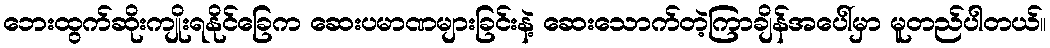
ဘေးထွက်ဆိုးကျိုးရနိုင်ခြေက ဆေးပမာဏများခြင်းနဲ့ ဆေးသောက်တဲ့ကြာချိန်အပေါ်မှာ မူတည်ပါတယ်။